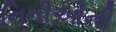
નિતીઓની